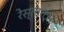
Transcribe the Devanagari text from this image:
रेस्तारंट्स